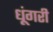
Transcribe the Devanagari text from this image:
धूंगरी